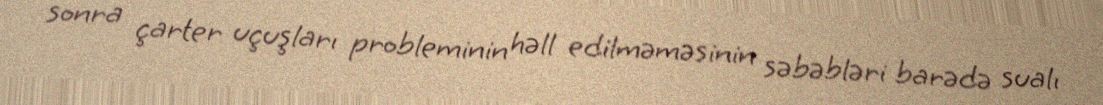
sonra çarter uçuşları probleminin həll edilməməsinin səbəbləri barədə sualı